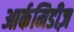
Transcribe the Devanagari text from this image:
आर्कमिडीज़